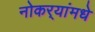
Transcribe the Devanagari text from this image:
नोकर्‍यांमधे